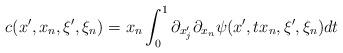
LaTeX: \begin{align*} c(x', x_n, \xi', \xi_n)= x_n \int_0^1 \partial_{x'_j} \partial_{x_n} \psi(x', t x_n, \xi', \xi_n) dt\end{align*}